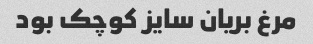
مرغ بریان سایز کوچک بود